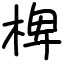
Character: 椑